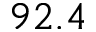
9 2 . 4